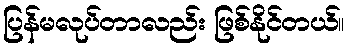
ပြန်မလုပ်တာလည်း ဖြစ်နိုင်တယ်။